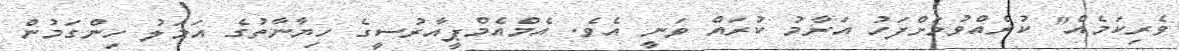
ވެރިކަމެއް" ކުރެއްވުމަށްފަހު އަރާމު ކުރައް ވަނީ އެވެ. އެމްއެމްޕީއާރުސީގެ ހިޔާނާތުގެ އަމަލު ހިންގަމުން